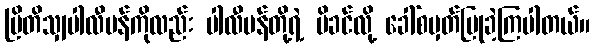
ဗြိတိသျှပါလီမန်ကိုလည်း ပါလီမန်တို့ရဲ့ မိခင်လို့ ခေါ်စမှတ်ပြုခဲ့ကြပါတယ်။